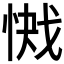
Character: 𭝞